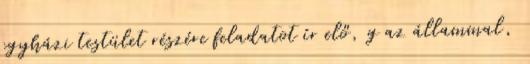
egyházi testület részére feladatot ír elő, g az állammal,